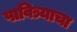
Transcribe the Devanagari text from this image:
पावित्र्याचा